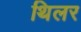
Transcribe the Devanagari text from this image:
थिलर